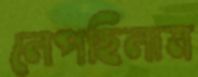
লেপছিলাম